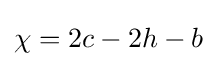
\chi =2c-2h-b